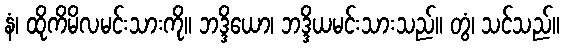
နံ၊ ထိုကိမိလမင်းသားကို။ ဘဒ္ဒိယော၊ ဘဒ္ဒိယမင်းသားသည်။ တွံ၊ သင်သည်။